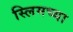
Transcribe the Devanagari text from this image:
स्लिमच्या